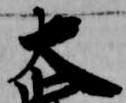
大